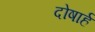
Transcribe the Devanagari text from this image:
दोषार्ह